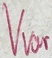
Text: Vvar